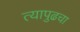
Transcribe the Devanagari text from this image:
त्यापुढचा